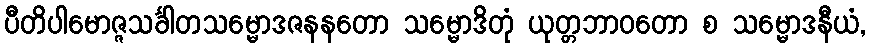
ပီတိပါမောဇ္ဇသင်္ခါတသမ္မောဒဇနနတော သမ္မောဒိတုံ ယုတ္တဘာဝတော စ သမ္မောဒနီယံ,